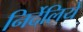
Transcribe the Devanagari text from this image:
निर्देलिये